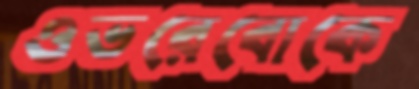
ওভরেবোকে